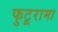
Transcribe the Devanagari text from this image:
फुटूरामा